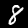
Label: 8